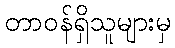
တာဝန်ရှိသူများမှ